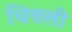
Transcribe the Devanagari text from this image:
चिवली